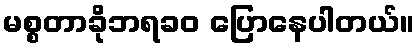
မစ္စတာခိုဘရခဝ ပြောနေပါတယ်။